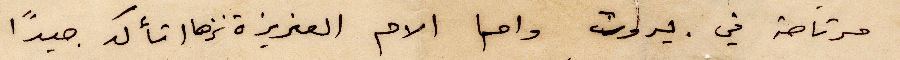
مرتاحة في بيروت واما الام العزيزة نزها اتأكد جيدًا